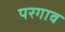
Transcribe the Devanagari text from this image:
परगाव